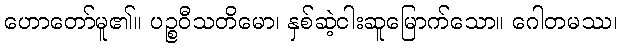
ဟောတော်မူ၏။ ပဉ္စဝီသတိမော၊ နှစ်ဆဲ့ငါးဆူမြောက်သော။ ဂေါတမဿ၊